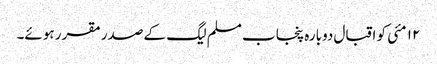
١٢ مئی کو اقبال دوبارہ پنجاب مسلم لیگ کے صدر مقرر ہوئے۔